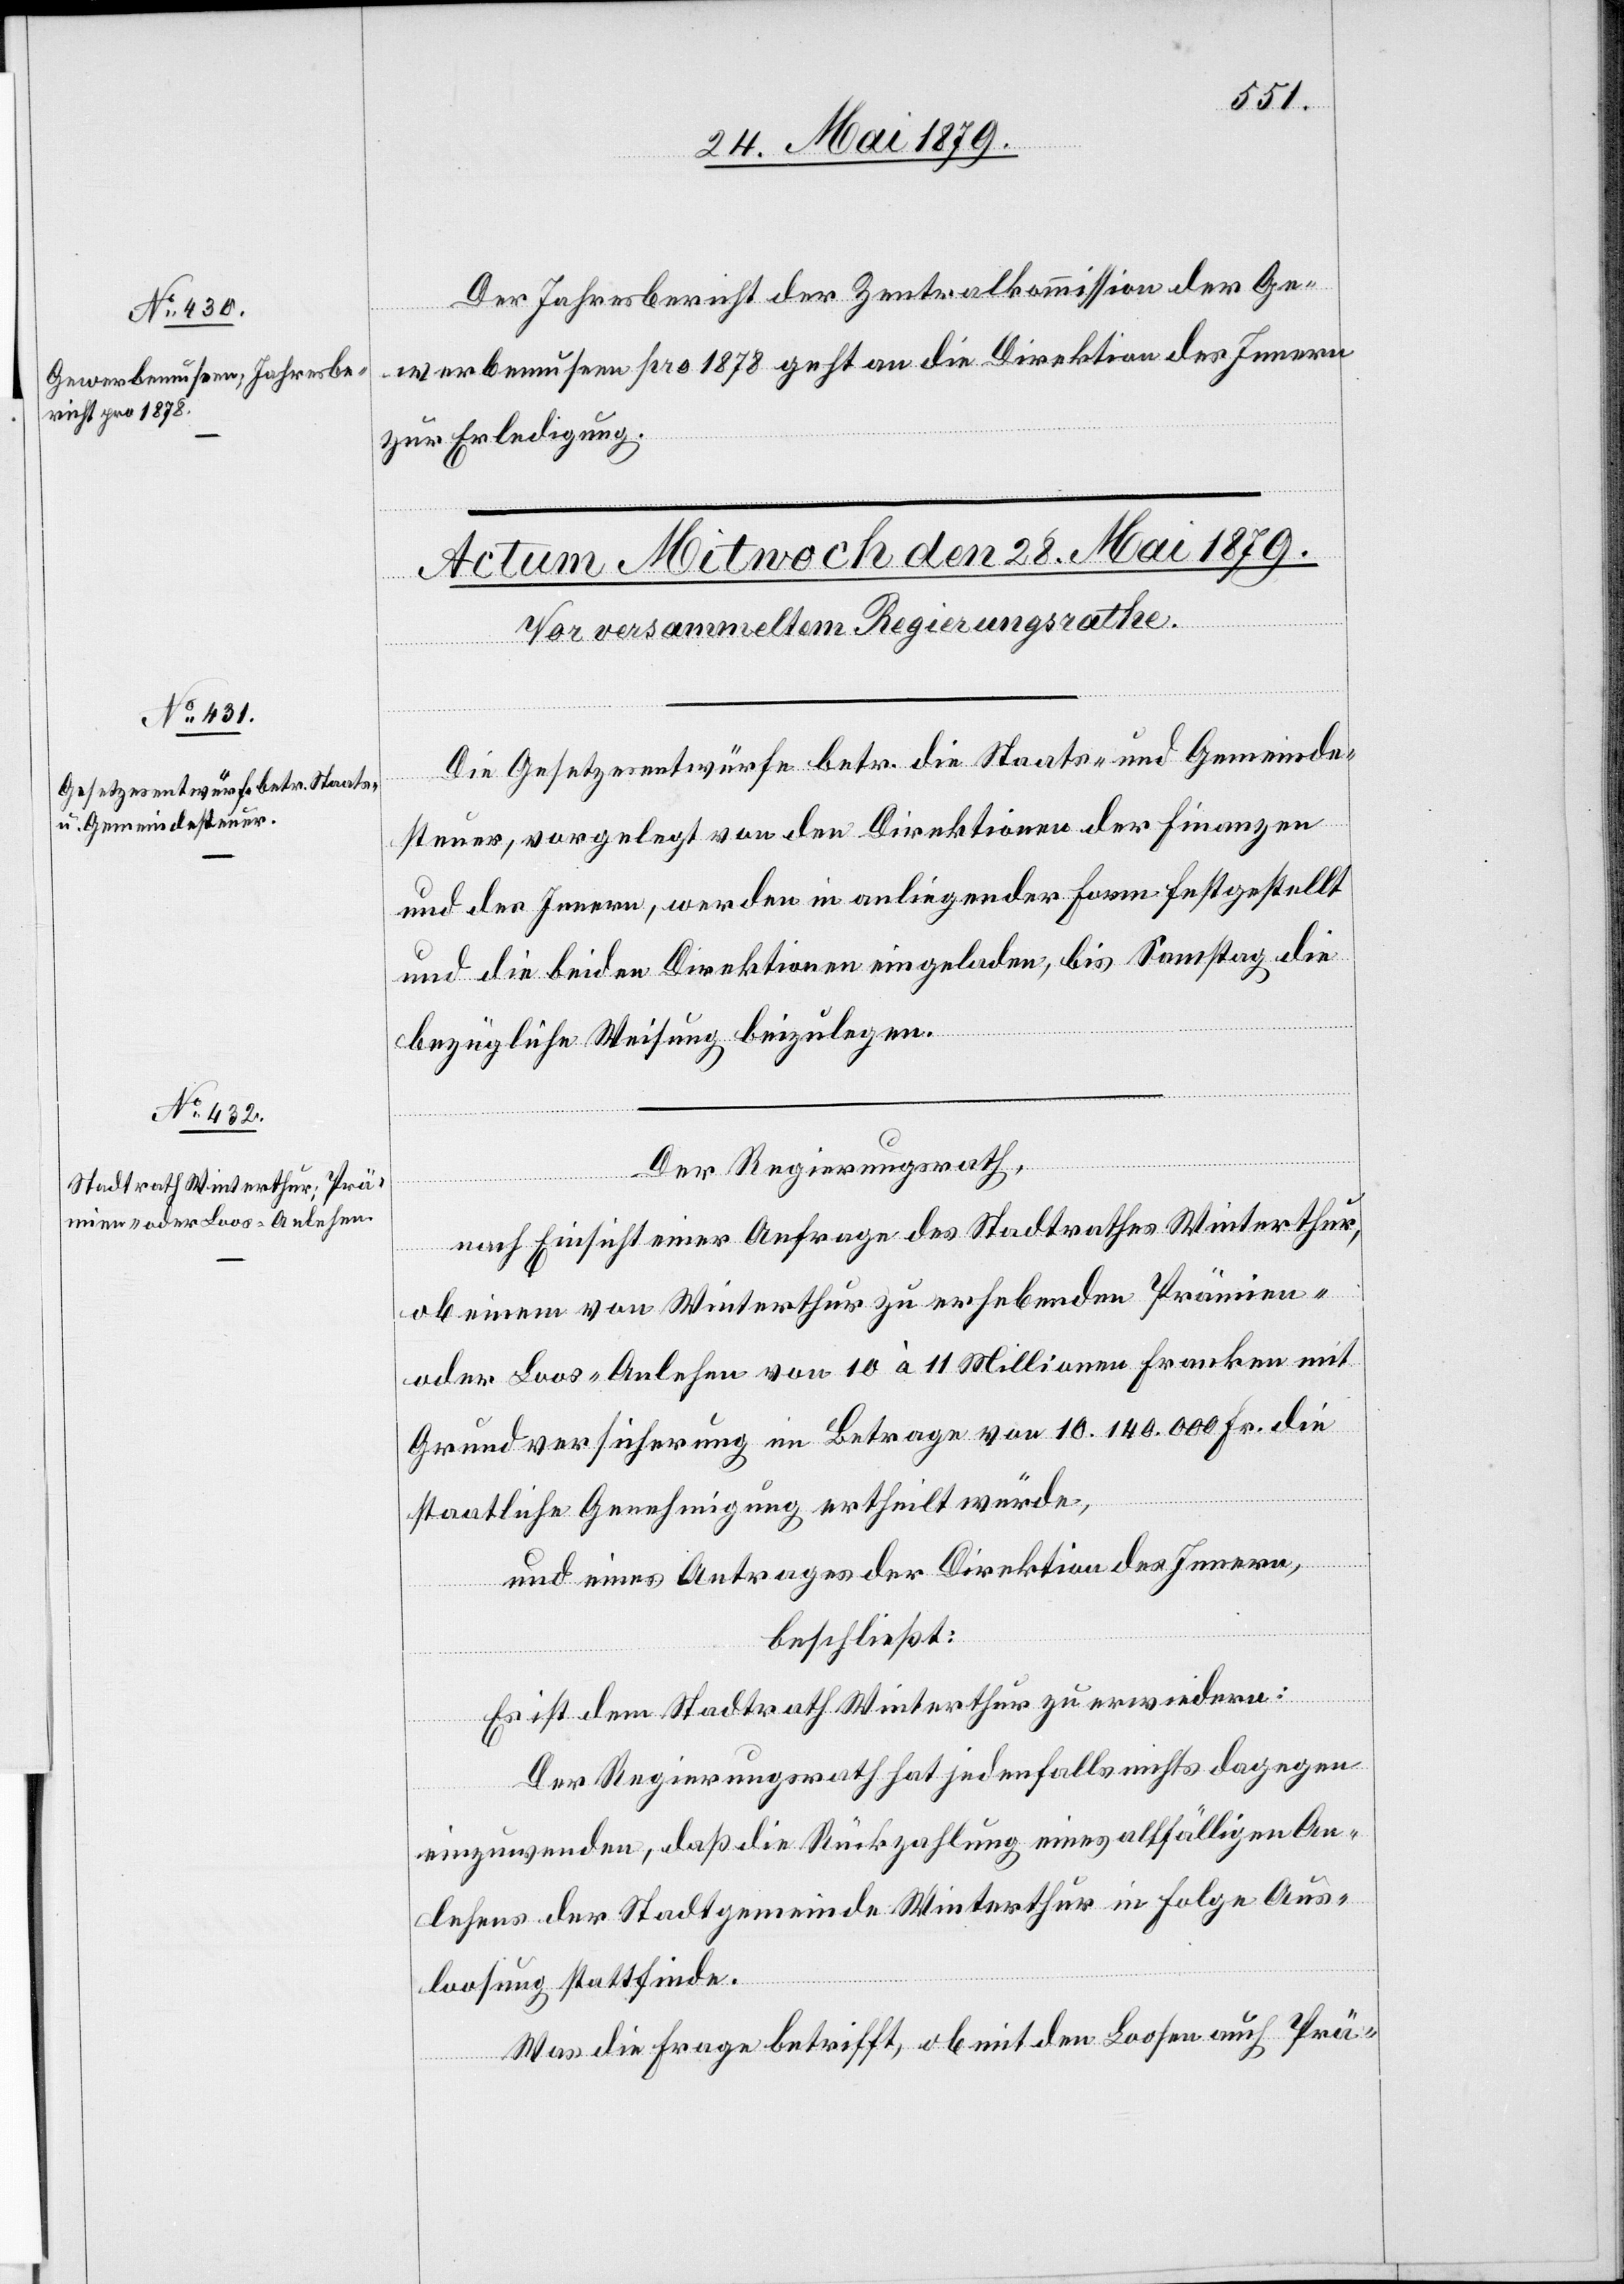
26. Mai 1879.]
Der Jahresbericht der Zentralkommission der Ge¬
werbemuseen pro 1878 geht an die Direktion des Innern
zur Erledigung.
Die Gesetzesentwürfe betr. die Staats- und Gemeinde¬
steuer, vorgelegt von den Direktionen der Finanzen
und des Innern, werden in anliegender Form festgestellt
und die beiden Direktionen eingeladen, bis Samstag die
bezügliche Weisung beizulegen.
Der Regierungsrath,
nach Einsicht einer Anfrage des Stadtrathes Winterthur,
ob einem von Winterthur zu erhebenden Prämien-
oder Loos-Anlehen von 10 à 11 Millionen Franken mit
Grundversicherung im Betrage von 10.140.000 Fr. die
staatliche Genehmigung ertheilt würde,
und eines Antrages der Direktion des Innern,
beschließt:
Es ist dem Stadtrath Winterthur zu erwiedern:
Der Regierungsrath hat jedenfalls nichts dagegen
einzuwenden, daß die Rückzahlung eines allfälligen An¬
lehens der Stadtgemeinde Winterthur in Folge Aus¬
loosung stattfinde.
Was die Frage betrifft, ob mit den Loosen auch Prä-